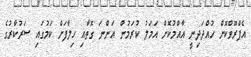
އެޕްރޫވްކޮށް ހުއްދަދިނީ އާއްމުކޮށް އަމަލު ކުރަމުން އަންނަ ގޮތާއި ހިލާފަށް ކަމުގައި ސަރުކާރުގެ